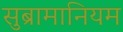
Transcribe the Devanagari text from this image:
सुब्रामानियम